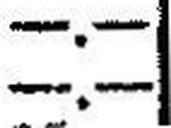
—.—